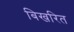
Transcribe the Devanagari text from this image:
बिखरित